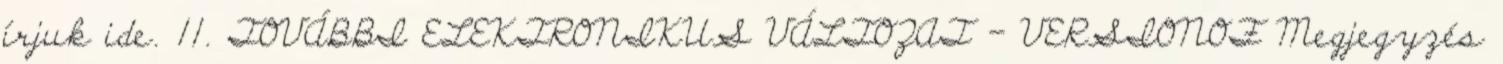
írjuk ide. 11. TOVÁBBI ELEKTRONIKUS VÁLTOZAT - VERSIONOF Megjegyzés